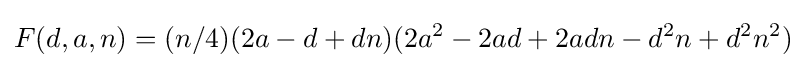
F(d,a,n)=(n/4)(2a-d+dn)(2a^{2}-2ad+2adn-d^{2}n+d^{2}n^{2})